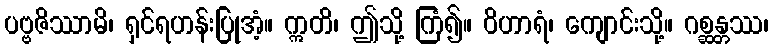
ပဗ္ဗဇိဿာမိ၊ ရှင်ရဟန်းပြုအံ့။ ဣတိ၊ ဤသို့ ကြံ၍။ ဝိဟာရံ၊ ကျောင်းသို့။ ဂစ္ဆန္တဿ၊